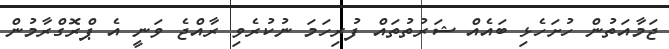
ޖަމާއަތުން ހުށަހެޅި ބައެއް ޝަރުތުތައް ފުރިހަމަ ނުކުރެވި ރާއްޖެ ވަނީ އެ ޕްރޮގްރާމުން